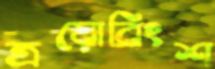
ত্রয়োবিংশ